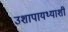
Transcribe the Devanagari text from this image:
उशापायथ्याशीं